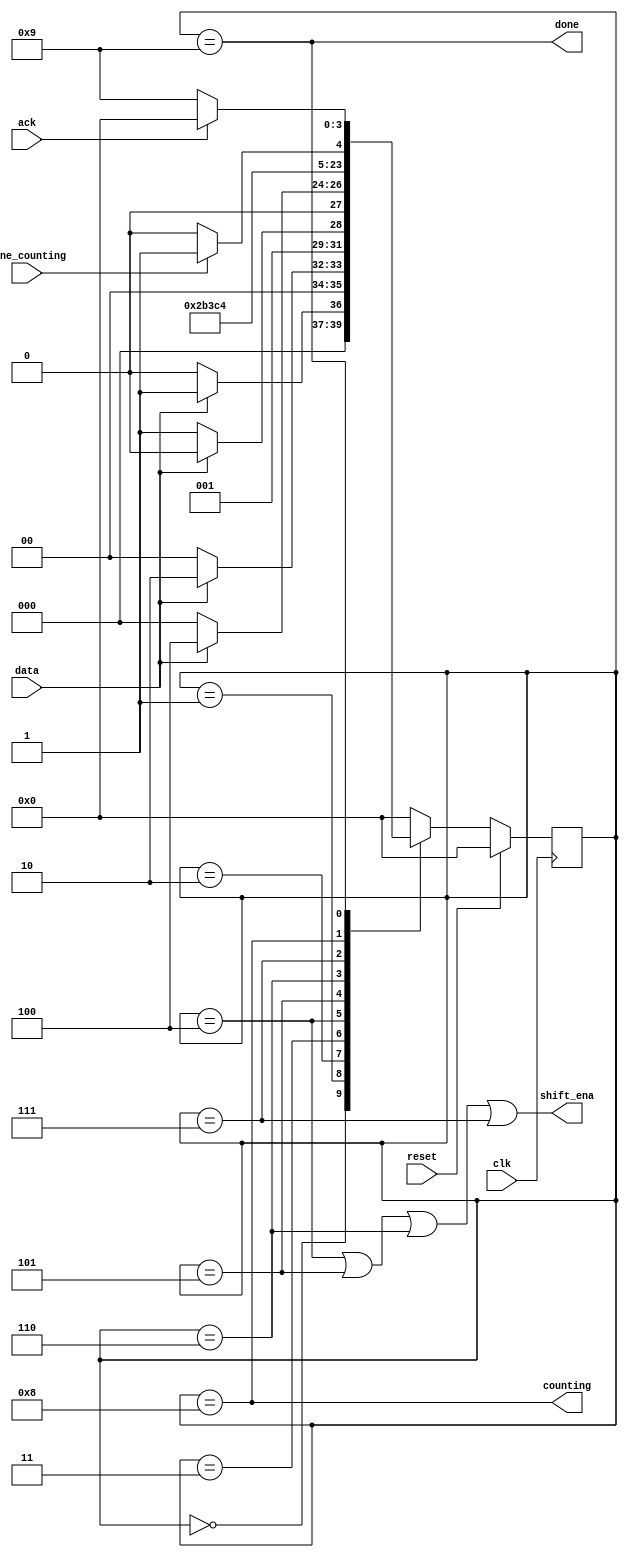

module top_module (
    input             clk,
    input           reset,      // Synchronous reset
    input            data,
    input             ack,
    input   done_counting,

    output      shift_ena,
    output       counting,
    output           done
     );


    parameter  S     =    4'd0,
               S1    =    4'd1,
               S11   =    4'd2,
               S110  =    4'd3,
               B0    =    4'd4,
               B1    =    4'd5,
               B2    =    4'd6,
               B3    =    4'd7,
               COUNT =    4'd8,
               WAIT  =    4'd9;         

    reg    [3:0] curr_state,next_state;


    always @(posedge clk) begin
        if(reset) curr_state<=         S;
        else      curr_state<=next_state;
    end

    always @(*) begin
        case(curr_state)
            S    :    next_state= data?       S1    :     S;
            S1   :    next_state= data?      S11    :     S;
            S11  :    next_state= data?      S11    :  S110;
            S110 :    next_state= data?       B0    :     S;
          
            B0   :    next_state=                        B1;
            B1   :    next_state=                        B2;
            B2   :    next_state=                        B3;
            B3   :    next_state=                     COUNT;
          
            COUNT:    next_state=done_counting? WAIT: COUNT;
            WAIT :    next_state=ack?              S:  WAIT;
            default:  next_state=                         S;
        endcase
    end


    assign shift_ena     =(curr_state==B0)|
                          (curr_state==B1)|
                          (curr_state==B2)|
                          (curr_state==B3);
    assign counting      =(curr_state==COUNT);
    assign done          =(curr_state== WAIT);


endmodule